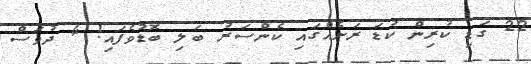
22 ގަޑި ކުރިން ކުޑަ ރަށެއްގައި ކެންސަރު ބަލި ބޮޑުވެފައި! 4 ދުވަސް